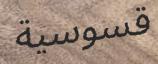
قسوسية